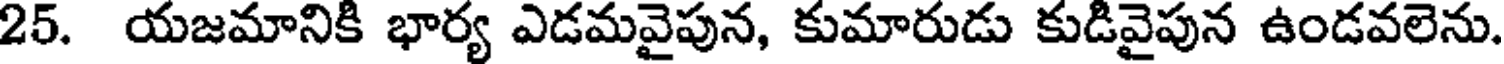
25. యజమానికి భార్య ఎడమవైపున, కుమారుడు కుడివైపున ఉండవలెను.